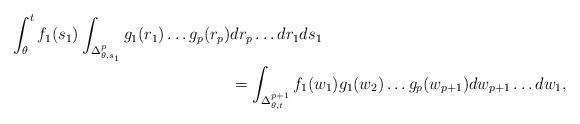
LaTeX: \begin{align*}\int_{\theta}^t f_1(s_1) \int_{\Delta_{\theta,s_1}^p} g_1(r_1) \dots g_p(r_p) & dr_p \dots dr_1 ds_1 \\ & = \int_{\Delta_{\theta,t}^{p+1}} f_1(w_1) g_1(w_2) \dots g_p(w_{p+1}) dw_{p+1} \dots dw_1,\end{align*}